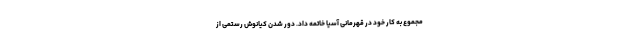
مجموع به کار خود در قهرمانی آسیا خاتمه داد. دور شدن کیانوش رستمی از